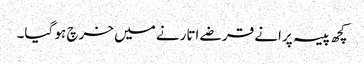
کچھ پیسہ پرانے قرضے اتارنے میں خرچ ہو گیا۔